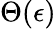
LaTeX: \Theta(\epsilon)